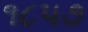
૧૮૫૭